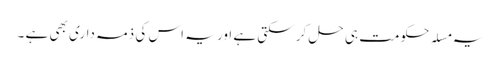
یہ مسلہ حکومت ہی حل کر سکتی ہے اور یہ اس کی ذمہ داری بھی ہے ۔